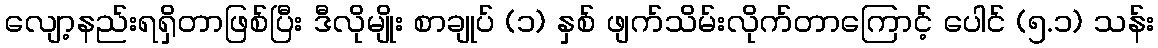
လျော့နည်းရရှိတာဖြစ်ပြီး ဒီလိုမျိုး စာချုပ် (၁) နှစ် ဖျက်သိမ်းလိုက်တာကြောင့် ပေါင် (၅.၁) သန်း